Annual report of lunatic asylums [Bombay] - 1912-1922
Year: 1912
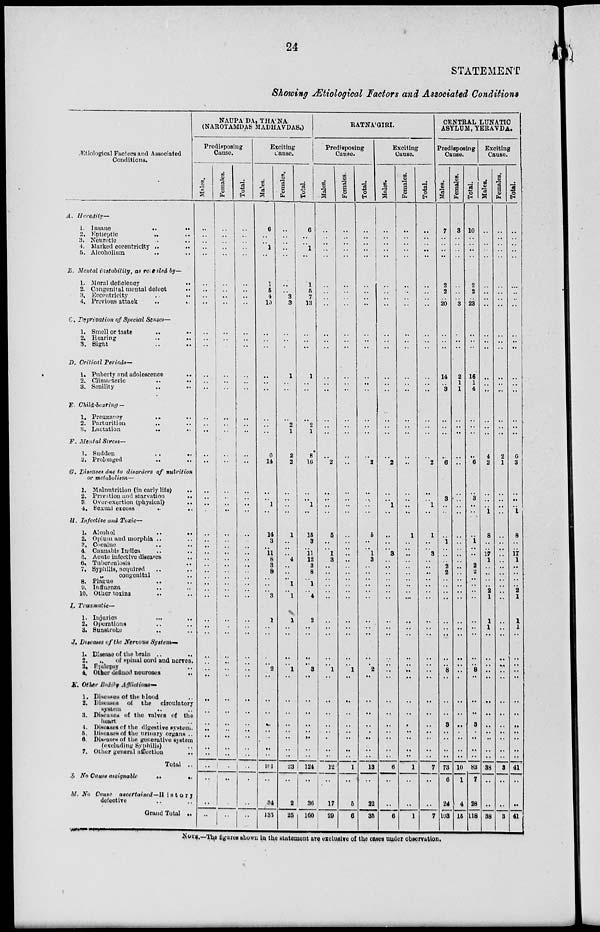
24
STATEMENT
Showing Ætiological Factors and Associated Conditions
Ætiological Factors and Associated
Conditions.
A. Heredity—
1. Insane
..
..
2. Epileptic .. ..
3. Neurotic .. ..
4. Marked eccentricity .. ..
5. Alcoholism .. ..
B. Mental instability, as revealed by—
1. Moral deficiency
..
..
2. Congenital mental defect
..
3. Eccentricity .. ..
4. Previous attack
..
..
C. Deprivation of Special Senses—
1. Smell or taste
..
..
2. Hearing
..
..
3. Sight .. ..
D. Critical Periods—
1. Puberty and adolescence ..
2. Climacteric .. ..
3. Senility .. ..
E. Child-bearing —
1. Pregnancy
..
..
2. Parturition
..
..
3. Lactation
..
..
F. Mental Stress—
1. Sudden
..
..
2. Prolonged
..
..
G. Diseases due to disorders of nutrition
or metabolism—
1. Malnutrition (in early life) ..
2. Privation and starvation
..
3 Over-exertion (physical) ..
4. Soxual excess
..
..
H. Infective and Toxic—
1. Alcohol
..
..
2. Opium and morphia .. ..
3. Cocaine .. ..
4. Cannabis Indica .. ..
5. Acute infective diseases ..
6. Tuberculosis .. ..
7. Syphilis, acquired .. ..
„
congenital ..
8. Plague
..
..
9. Influenza .. ..
10. Other toxins .. ..
I. Traumatic—
1. Injuries .. ..
2. Operations .. ..
3. Sunstroke .. ..
J. Diseases of the Nervous System—
1. Disease of the brain
..
..
2.
„
of spinal cord and norves.
3. Epilepsy .. ..
4. Other defined neuroses
..
K. Other Bodily Afflictions—
1. Diseases of the blood
2. Diseases of the circulatory
system
..
..
3. Diseases of the valves of the
heart .. ..
4. Diseases of the digestive system.
5. Diseases of the urinary organs ..
6. Diseases of the generative system
(excluding Syphilis) ..
7. Other general affection
..
Total ..
L. No Cause assignable
..
..
M. No Cause
ascertained—History
defective .. ..
Grand Total ..
NAUPÁDA, THÁNA
(NAROTAMDAS MADHAVDAS.)
Predisposing
Cause.
Males.
..
..
..
..
..
..
..
..
..
..
..
..
..
..
..
..
..
..
..
..
..
..
..
..
..
..
..
..
..
..
..
..
..
..
..
..
..
..
..
..
..
..
..
..
..
..
..
..
..
..
..
..
Females.
..
..
..
..
..
..
..
..
..
..
..
..
..
..
..
..
..
..
..
..
..
..
..
..
..
..
..
..
..
..
..
..
..
..
..
..
..
..
..
..
..
..
..
..
..
..
..
..
..
..
..
..
..
Total.
..
..
..
..
..
..
..
..
..
..
..
..
..
..
..
..
..
..
..
..
..
..
..
..
..
..
..
..
..
..
..
..
..
..
..
..
..
..
..
..
..
..
..
..
..
..
..
..
..
..
..
..
..
Exciting
Cause.
Males.
6
..
..
1
..
1
5
4
10
..
..
..
..
..
..
..
..
..
6
14
..
..
1
..
14
3
..
11
8
3
8
..
..
..
3
1
..
..
..
..
2
..
..
..
..
..
..
..
..
101
..
34
135
Females.
..
..
..
..
..
..
..
3
3
..
..
..
1
..
..
..
2
1
2
2
..
..
..
..
1
..
..
..
4
..
..
..
1
..
1
1
..
..
..
..
1
..
..
..
..
..
..
..
..
23
..
2
25
Total.
6
..
..
1
..
1
5
7
13
..
..
..
1
..
..
..
2
1
8
16
..
..
1
..
15
3
..
11
12
3
8
..
1
..
4
2
..
..
..
..
3
..
..
..
..
..
..
..
..
124
..
36
160
RATNÁGIRI.
Predisposing
Cause.
Males.
..
..
..
..
..
..
..
..
..
..
..
..
..
..
..
..
..
..
..
2
..
..
..
..
5
..
..
1
3
..
..
..
..
..
..
..
..
..
..
..
1
..
..
..
..
..
..
..
..
12
..
17
29
Females.
..
..
..
..
..
..
..
..
..
..
..
..
..
..
..
..
..
..
..
..
..
..
..
..
..
..
..
..
..
..
..
..
..
..
..
..
..
..
..
..
1
..
..
..
..
..
..
..
..
1
..
5
6
Total.
..
..
..
..
..
..
..
..
..
..
..
..
..
..
..
..
..
..
..
2
..
..
..
..
5
..
..
1
3
..
..
..
..
..
..
..
..
..
..
..
2
..
..
..
..
..
..
..
..
13
..
22
35
Exciting
Cause.
Males.
..
..
..
..
..
..
..
..
..
..
..
..
..
..
..
..
..
..
..
2
..
..
1
..
..
..
..
3
..
..
..
..
..
..
..
..
..
..
..
..
..
..
..
..
..
..
..
..
..
6
..
..
6
Females.
..
..
..
..
..
..
..
..
..
..
..
..
..
..
..
..
..
..
..
..
..
..
..
..
1
..
..
..
..
..
..
..
..
..
..
..
..
..
..
..
..
..
..
..
..
..
..
..
..
1
..
..
1
Total.
..
..
..
..
..
..
..
..
..
..
..
..
..
..
..
..
..
..
..
2
..
..
1
..
1
..
..
3
..
..
..
..
..
..
..
..
..
..
..
..
..
..
..
..
..
..
..
..
..
7
..
..
7
CENTRAL LUNATIC
ASYLUM, YERAVDA.
Predisposing
Cause.
Males.
7
..
..
..
..
2
2
..
20
..
..
..
14
..
3
..
..
..
..
6
..
3
..
..
..
1
..
..
..
2
2
..
..
..
..
..
..
..
..
..
8
..
..
..
3
..
..
..
..
73
6
24
103
Females.
3
..
..
..
..
..
..
..
3
..
..
..
2
1
1
..
..
..
..
..
..
...
..
..
..
..
..
..
..
..
..
..
..
..
..
..
..
..
..
..
..
..
..
..
..
..
..
..
..
10
1
4
15
Total.
10
..
..
..
..
2
2
..
23
..
..
..
16
1
4
..
..
..
..
6
..
3
..
..
..
1
..
..
..
2
2
..
..
..
..
..
..
..
..
..
8
..
..
..
3
..
..
..
..
83
7
28
118
Exciting
Cause.
Males.
..
..
..
..
..
..
..
..
..
..
..
..
..
..
..
..
..
..
4
2
..
..
..
1
8
..
..
17
1
..
..
..
..
2
1
1
1
..
..
..
..
..
..
..
..
..
..
..
..
38
..
..
38
Females.
..
..
..
..
..
..
..
..
..
..
..
..
..
..
..
..
..
..
2
1
..
..
..
..
..
..
..
..
..
..
..
..
..
..
..
..
..
..
..
..
..
..
..
..
..
..
..
..
..
3
..
..
3
Total.
..
..
..
..
..
..
..
..
..
..
..
..
..
..
..
..
..
..
6
3
..
..
..
1
8
..
..
17
1
..
..
..
..
2
1
1
1
..
..
..
..
..
..
..
..
..
..
..
..
41
..
..
41
NOTE.—The figures shown in the statement are exclusive of the cases under observation.